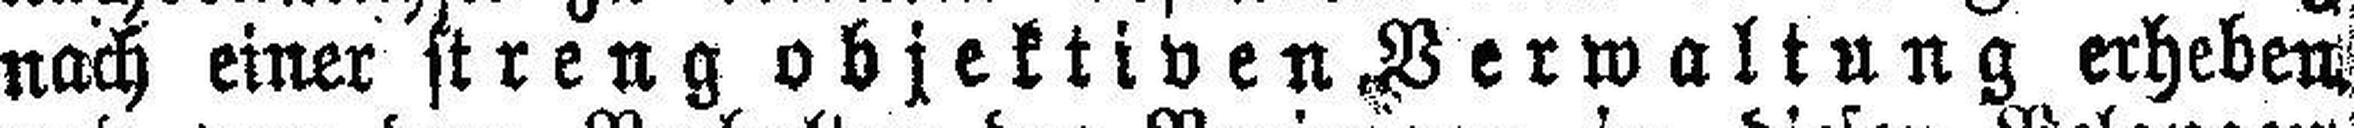
nach einer streng objektiven Verwaltung erheben